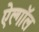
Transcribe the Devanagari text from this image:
ऐल्गॉल